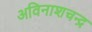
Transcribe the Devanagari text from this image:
अविनाशचन्द्र